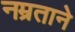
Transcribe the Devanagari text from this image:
नम्रताने